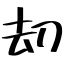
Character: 刧